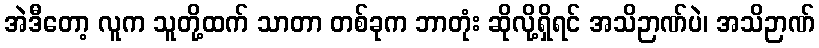
အဲဒီတော့ လူက သူတို့ထက် သာတာ တစ်ခုက ဘာတုံး ဆိုလို့ရှိရင် အသိဉာဏ်ပဲ၊ အသိဉာဏ်